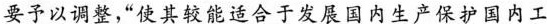
要予以调整，”使其较能适合于发展国内生产保护国内工